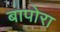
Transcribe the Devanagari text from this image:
बापोरा